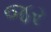
જર